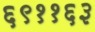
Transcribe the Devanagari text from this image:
६९११६३